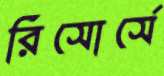
রিসোর্সে